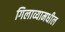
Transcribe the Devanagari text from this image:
गिलाव्यामधील